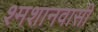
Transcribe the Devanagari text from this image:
श्मशानवासी